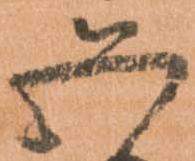
五